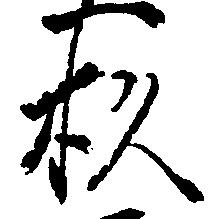
杉